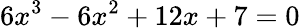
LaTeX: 6x^{3}-6x^{2}+12x+7=0